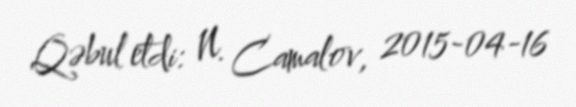
Qəbul etdi: N. Camalov, 2015-04-16